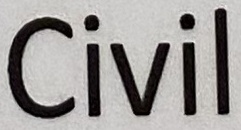
Civil